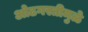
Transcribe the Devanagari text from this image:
ओढगस्तीमुळे